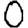
Digit: 0